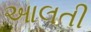
આલતી